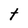
Character: t